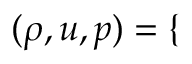
\begin{array} { r } { ( \rho , u , p ) = \left\{ \begin{array} { l l } \end{array} \right. } \end{array}